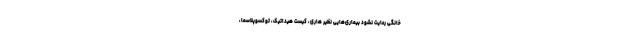
خانگی رعایت نشود بیماری‌هایی نظیر هاری، کیست هیداتیک، توکسوپلاسما،